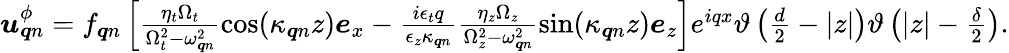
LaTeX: \begin{array}{r}{\boldsymbol{u}_{\boldsymbol{q}n}^{\phi}=f_{\boldsymbol{q}n}\left[\frac{\eta_{t}\Omega_{t}}{\Omega_{t}^{2}-\omega_{\boldsymbol{q}n}^{2}}\cos(\kappa_{\boldsymbol{q}n}z)\boldsymbol{e}_{x}-\frac{i\epsilon_{t}q}{\epsilon_{z}\kappa_{\boldsymbol{q}n}}\frac{\eta_{z}\Omega_{z}}{\Omega_{z}^{2}-\omega_{\boldsymbol{q}n}^{2}}\sin(\kappa_{\boldsymbol{q}n}z)\boldsymbol{e}_{z}\right]e^{iqx}\vartheta\left(\frac{d}{2}-|z|\right)\vartheta\left(|z|-\frac{\delta}{2}\right).}\end{array}